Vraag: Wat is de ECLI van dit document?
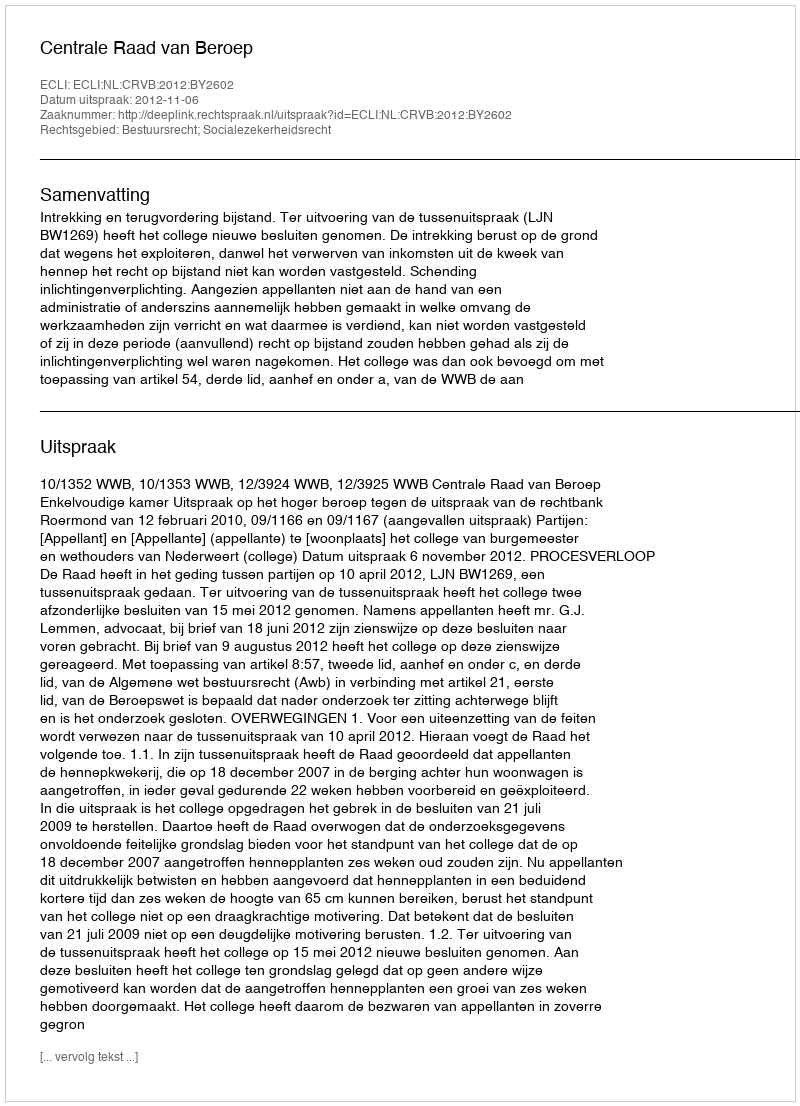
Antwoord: ECLI:NL:CRVB:2012:BY2602